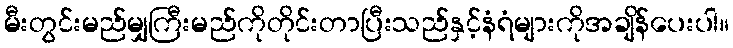
မီးတွင်းမည်မျှကြီးမည်ကိုတိုင်းတာပြီးသည်နှင့်နံရံများကိုအချိန်ပေးပါ။